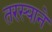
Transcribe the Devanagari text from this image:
तरस्याने